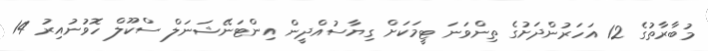
މުބާރާތުގެ 12 އަހަރުންދަށުގެ ތިންވަނަ ޓީމަކަށް ގިޔާސުއްދީން އިންޓަނޭޝަނަލް ސްކޫލް ހޮވުނުއިރު 14